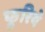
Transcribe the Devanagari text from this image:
फूरिये